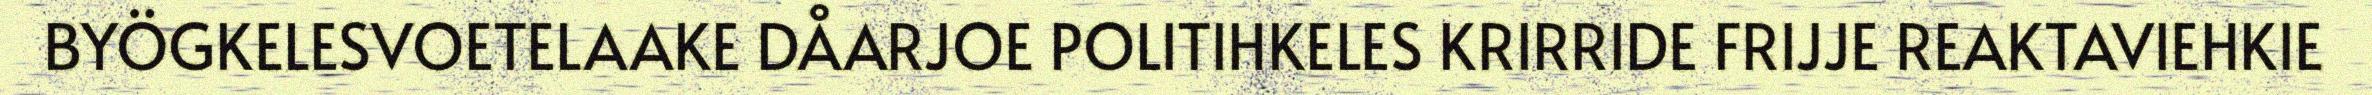
BYÖGKELESVOETELAAKE DÅARJOE POLITIHKELES KRIRRIDE FRIJJE REAKTAVIEHKIE